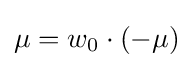
\mu =w_{0}\cdot (-\mu )